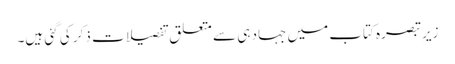
زیرِ تبصرہ کتاب میں جہاد ہی سے متعلق تفصیلات ذکر کی گئی ہیں۔